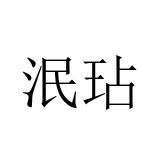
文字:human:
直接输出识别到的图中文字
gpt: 泯玷